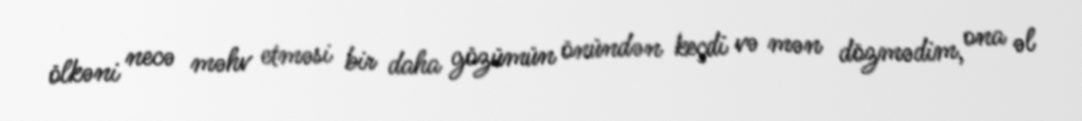
ölkəni necə məhv etməsi bir daha gözümün önündən keçdi və mən dözmədim, ona əl